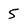
Character: 5